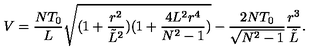
V = \frac { N T _ { 0 } } { L } \sqrt { ( 1 + \frac { r ^ { 2 } } { { \tilde { L } } ^ { 2 } } ) ( 1 + \frac { 4 L ^ { 2 } r ^ { 4 } } { N ^ { 2 } - 1 } ) } - \frac { 2 N T _ { 0 } } { \sqrt { N ^ { 2 } - 1 } } \frac { r ^ { 3 } } { { \tilde { L } } } .